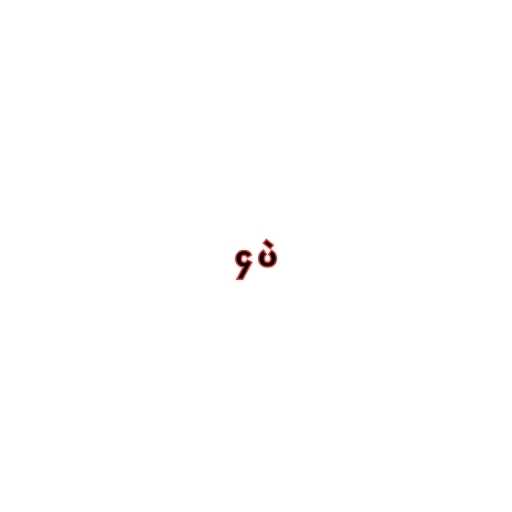
၄ ပဲ